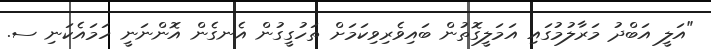
"އަލީ އަބްދު މަރާލުމުގައި އަމަލީގޮތުން ބައިވެރިވިކަމަށް ތަހުގީގުން އެނގެން އޮންނަނީ ހަމައެކަނި ސ.